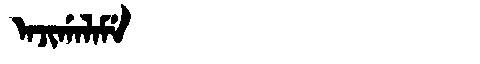
Manchu: ᠠᠵᡳᡤᠠᠯᠠᠮᡝ
Romanization: AJIGALAME